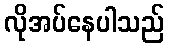
လိုအပ်နေပါသည်